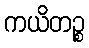
ကယိတဉ္စ